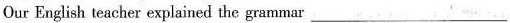
Our English teacher explained the grammar___